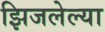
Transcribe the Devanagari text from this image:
झिजलेल्या